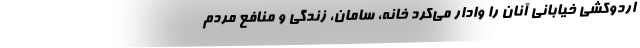
اردوکشی خیابانی آنان را وادار می‌کرد خانه، سامان، زندگی و منافع مردم